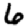
Digit: 6